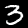
Digit: 3